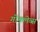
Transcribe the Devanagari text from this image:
गोंक्लेव्स